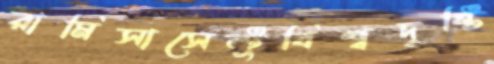
রামিসাসেন্টুবিশ্বদৃষ্টি